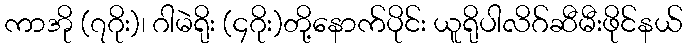
ကာအို (၇ဂိုး)၊ ဂါမဲရိုး (၄ဂိုး)တို့နောက်ပိုင်း ယူရိုပါလိဂ်ဆီမီးဖိုင်နယ်